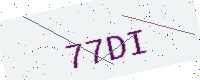
Text: 77DI